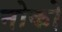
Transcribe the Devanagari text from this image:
नोको